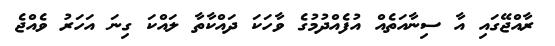
ރާއްޖޭގައި އާ ސިނާއަތެއް އުފެއްދުމުގެ ވާހަކަ ދައްކާތާ ލައްކަ ގިނަ އަހަރު ވެއްޖެ